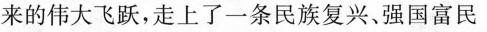
来的伟大飞跃，走上了一条民族复兴、强国富民